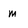
Character: m